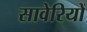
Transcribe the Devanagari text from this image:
सावेरियों